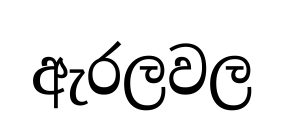
ඇරලවල